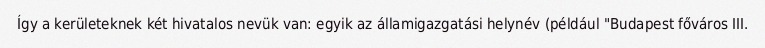
Így a kerületeknek két hivatalos nevük van: egyik az államigazgatási helynév (például "Budapest főváros III.